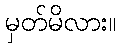
မှတ်မိလား။